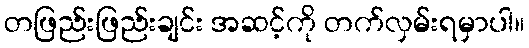
တဖြည်းဖြည်းချင်း အဆင့်ကို တက်လှမ်းရမှာပါ။